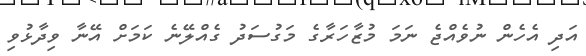
އަދި އެހެން ނުވެއްޖެ ނަމަ މުޒާހަރާގެ މަގުސަދު ގެއްލޭނެ ކަމަށް އޭނާ ވިދާޅުވި